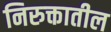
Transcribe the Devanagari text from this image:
निरुक्तातील